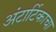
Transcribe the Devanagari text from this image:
अंटार्टिकाचा